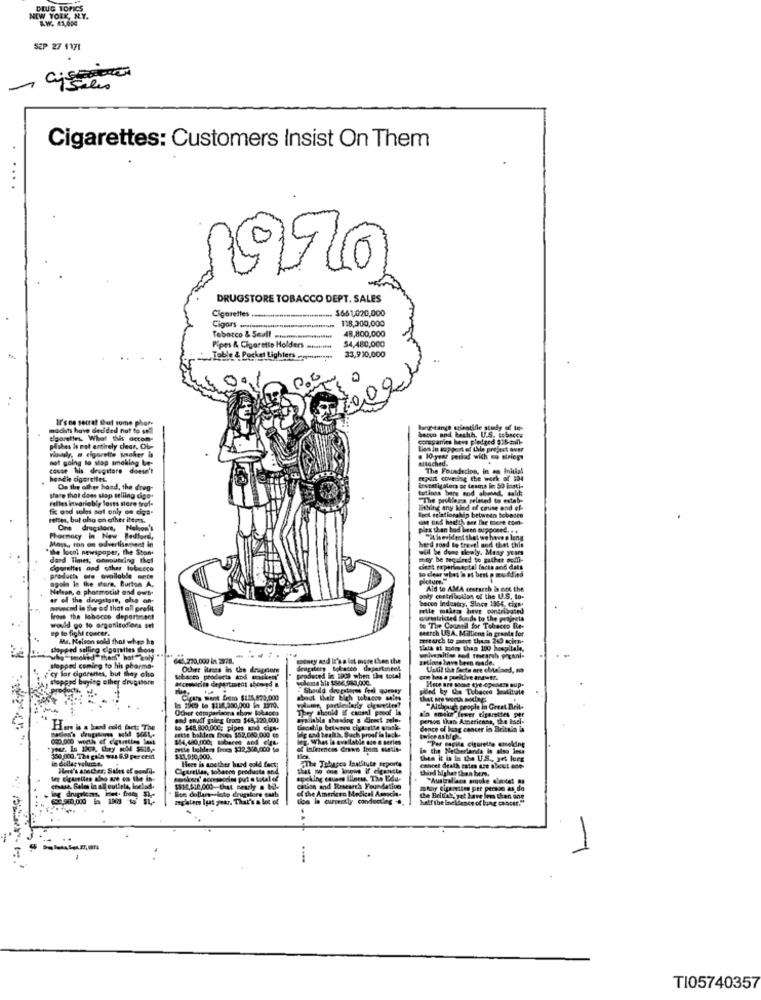
DEUG TOPICS
NEW YORK, NY.
AW. 61,654
SEP 27 1171
Cigarettes: Customers Insist On Them
DRUGSTORE TOBACCO DEPT. SALES
Cigarettes
$661,020,000
118,300,000
Cigars ........
48,800,000
Tobacco & Seall .......
$4,480,000
Pipes & Cigarette Holders ... tien
e & Pocket Lighters .... onente
33,920,000
ive decided ne
becco and bealıh. U.S. sobacos
burg-tange scientific study of top-
What this
comegames have pledged 516-mall-
piskes is not enthely clear, Ob-
Lies In support of this project ovar
not going to stop smoking be-
. 10 year period wich no strings
attached.
cause his drugstore doesn't
The Foundation, in an Initial
bendie cigerettet.
CENI covering the work of 334
On the other hand, the dreg-
investig ilora or teams in 50 inati-
tutings bars and abeced, said:
state that does shop selling cigo.
Felles invariably loses stere trof-
"The problems related to estab-
fi and soles not only on cigs-
Tithing any kind of cause and ef-
tebon, but also on ather ittos.
fact relationship between tobacco
One drugstore, Nolon's
pita than had been supposed. . +
Pormocy in New Bedford,
Moss, ron on odverlisenest in
evident that we have o lang
"the local newspaper, the Ston.
bed road to travel and thet this
will be done slewly. Many years
dard Times, announcing thet
may be required to gather pomi-
cigarettes and other lobecce
cier't experimental facts and datt
to clear whet ia of best p moddied
opeln In the store. Burton A.
products ore available ente
Nelson, a phormotist and ows.
Aid to AMA cestseth is not the
ar of the drugsigre, olup on-
poly contribution of the U.S. to.
becco Industry, Since 1964, cixt.
wwwwcad in the ed that all profit
retle makes have contributed
fross the labocco department
Surstricted funds to the prigreis
would go to organisations sel
up to fight concer.
to The Council for Tobacco Be-
search USA. Millions in grande for
Ma. Nelson sold fhol when he
sesearch to port them 265 acims-
stopped salling cigarettes those
641,220.000 ln 227g. **
money and it's a lot more than the
retions Inve been made.
cy for cigarettes, but they else
slopped coming to his pharma-
Other itness in the dragesorg
Seagatery tobacco dapartetel
Vatil the facts are chtaland, ma
toppad buying ether drugstore
Sebasto prodetta and ocasiones"
accevorlie department showed a
produced in 199 when the total
gowe has a positive anawt !.
. Should drugstores fed Queasy
about their Eich tobacco sales
Other comparisona show lokacco
1 1909 to $118,990,000 in 1370.
They should if causal proof la
dia smoke lever cigarettes per
"Althouse people in Great Brit-
end onuit going from $44,320,000
aynijable showing s direct zela.
pensou thas Amseriensa, the taci-
Har is a hand cold fact: The
sette balden foues $52,080,000 60
thecchip belenes cigarette orsk.
Wlg und health. Bach proof in lack.
jag cancer in Brites a
leg. What Is available are n series
"Per capita cigarette smoking
yaaz. In 1909, they pobl $618 ,-
wele boldens frees $22,3/8,000 to
in the Netherlands in also iesa
350,000. The gala was 6.9 per cent
in dollar volumet.
$.11.910,500.
the it is la the U.S ., yet lurs
Cicerellas, tobacco products and
Here is noether hard cold fact:
The Tobacco Institute erports
third highat thon bers.
concet death rates are about one-
shend' somessories put a total of
epeking causes illness. The E4d-
"Australians smoke diecost 89
etwase. Sales la all cutlets, luciad.
$81-4.510,000 that peurly . bj-
cation and Research Foundation
of the American Medical Aangcit.
mkay Cigarettes pre persze as, de
53 980.000 1809 10
mayater Ius year. That's a lot of
tion le currently conducting ..
Che Belfire'yat have less than one
half the incidence of lung cancer."
..
TI05740357